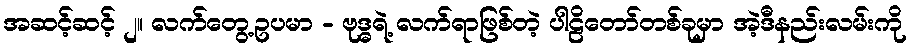
အဆင့်ဆင့် ၂။ လက်တွေ့ဥပမာ - ဗုဒ္ဓရဲ့ လက်ရာဖြစ်တဲ့ ပါဠိတော်တစ်ခုမှာ အဲ့ဒီနည်းလမ်းကို